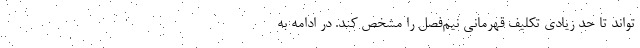
‌تواند تا حد زیادی تکلیف قهرمانی نیم‌فصل را مشخص کند. در ادامه به